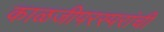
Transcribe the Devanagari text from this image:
काळजीपरस्परांची